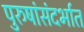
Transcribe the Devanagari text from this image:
पुरुषांसंदर्भात